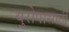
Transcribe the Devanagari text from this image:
युरोपासाठी